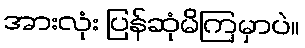
အားလုံး ပြန်ဆုံမိကြမှာပဲ။